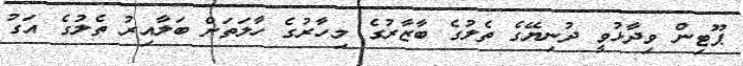
ޕޫޓިން ވިދާޅުވީ ދުނިޔޭގެ ތެލުގެ ބާޒާރުގެ މިހާރުގެ ހާލަތަށް ބަލާއިރު ތެލުގެ އަގު